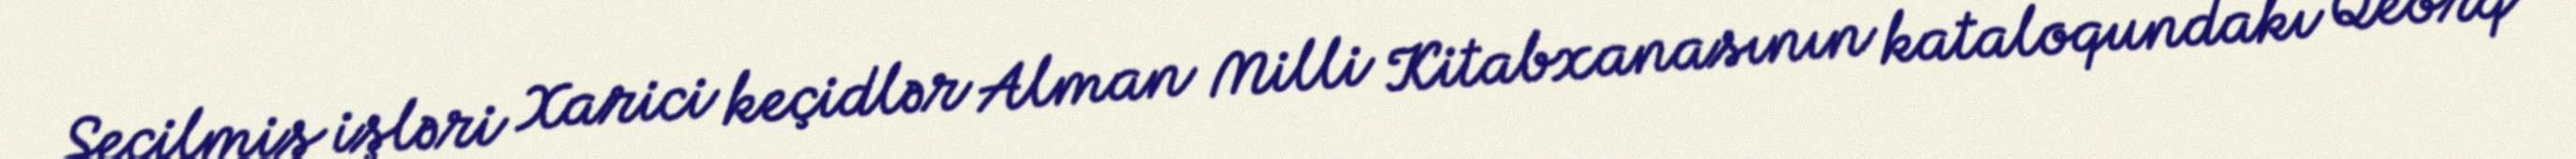
Seçilmiş işləri Xarici keçidlər Alman Milli Kitabxanasının kataloqundakı Qeorq